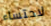
لاحتساء